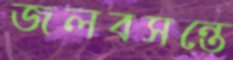
জলবসন্তে